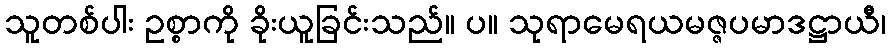
သူတစ်ပါး ဥစ္စာကို ခိုးယူခြင်းသည်။ ပ။ သုရာမေရယမဇ္ဇပမာဒဋ္ဌာယီ၊